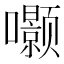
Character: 𮰗